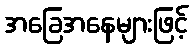
အခြေအနေများဖြင့်